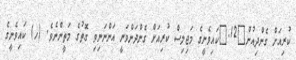
ކުރިއަށް ގެންދިއުން	12.	ކައިވެނީގެ މަޖިލިސް ކުރިއަށް ގެންދަންވަނީ އަންނަނިވި ގޮތުގެ މަތީންނެވެ. (ހ) ކައިވެނީގެ